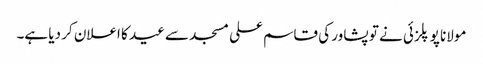
مولانا پوپلزئی نے تو پشاور کی قاسم علی مسجد سے عید کا اعلان کر دیا ہے۔